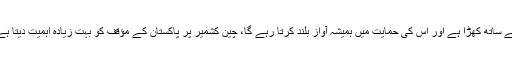
چینی وزیراعظم لی کی چیانگ نے یقین دہانی کرائی کہ وہ پاکستان کے ساتھ کھڑا ہے اور اس کی حمایت میں ہمیشہ آواز بلند کرتا رہے گا، چین کشمیر پر پاکستان کے مؤقف کو بہت زیادہ اہمیت دیتا ہے، امید ہے عالمی برادری مسئلہ کشمیر کو بہتر طور پر سمجھے گی۔